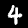
Label: 4